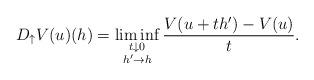
LaTeX: \begin{align*}D_{\uparrow} V(u)(h) =\liminf_{\substack{t\downarrow 0 \\ h'\to h}} \frac{V(u+th')- V(u)}{t}.\end{align*}